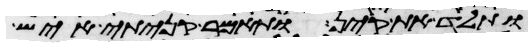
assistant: ותלד את קין ותאמר קניתי איש